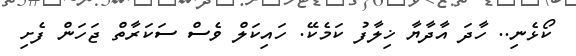
ކޯޅެނި.. ހާދަ އާދާޔާ ޚިލާފު ކަމެކޭ. ހައިކަލް ވެސް ސަކަރާތް ޖަހަން ފެށި